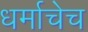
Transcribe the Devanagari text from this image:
धर्माचेच